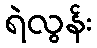
ရဲလွန်း